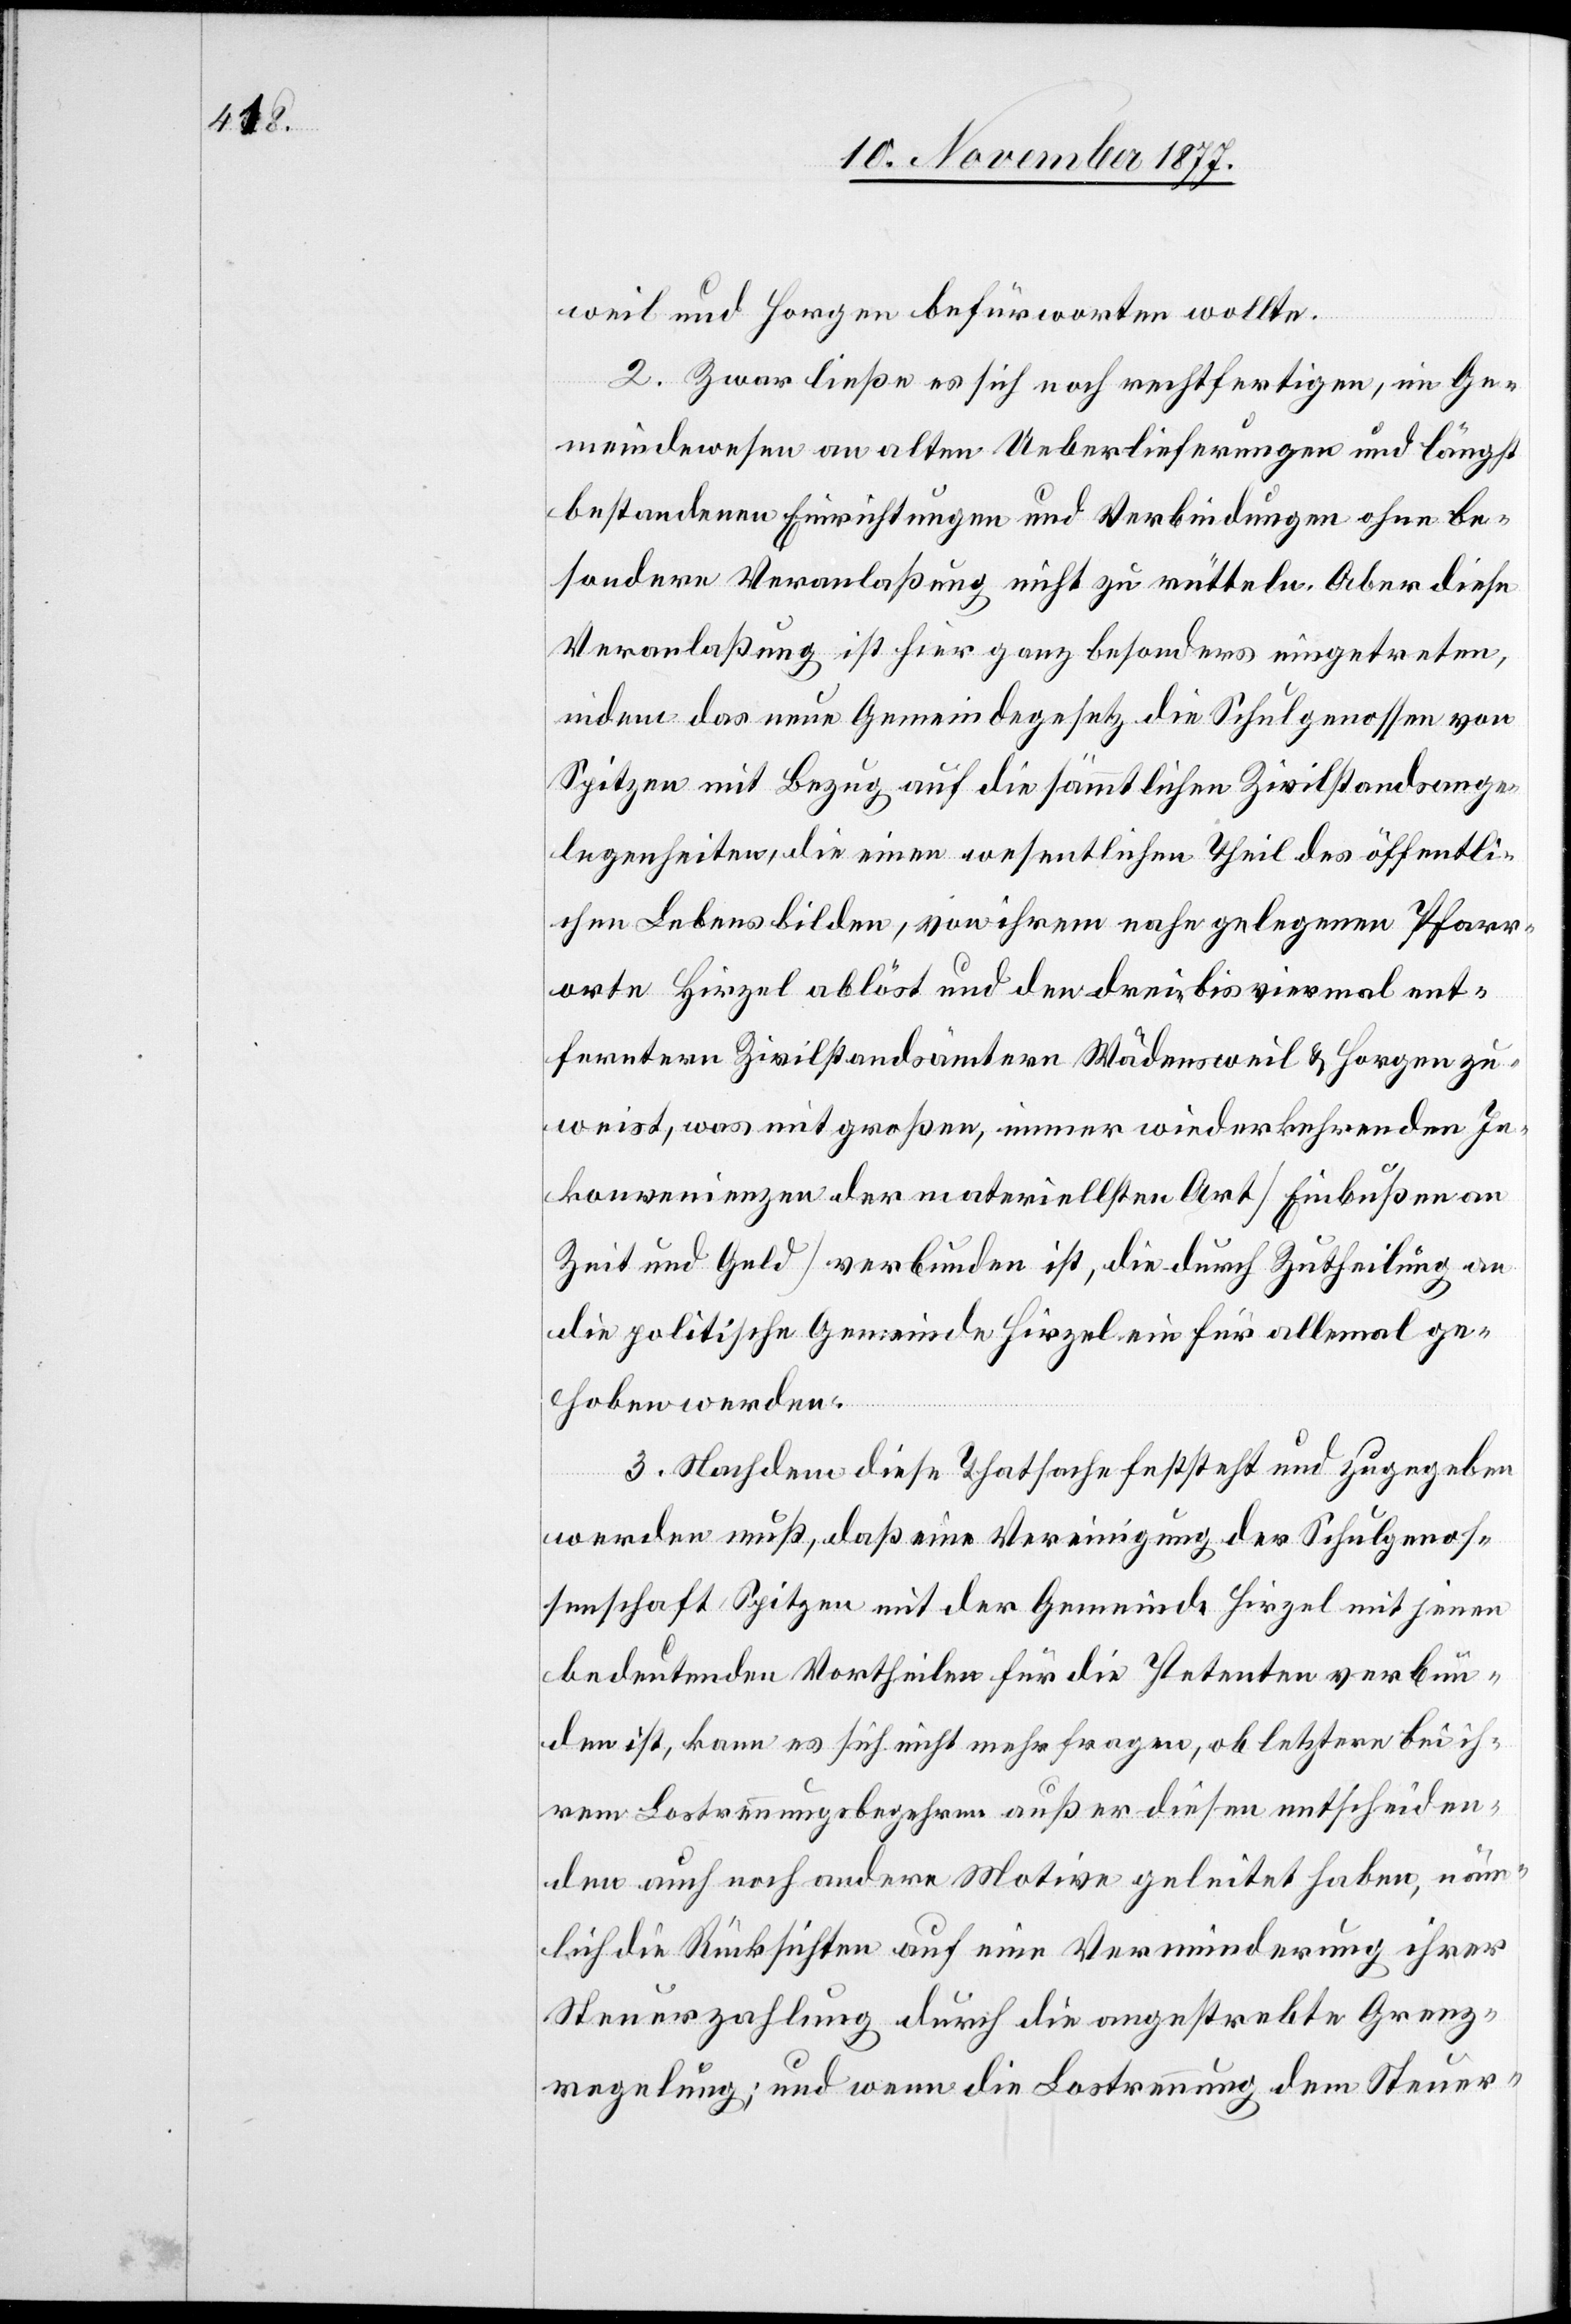
weil und Horgen befürworten wollte.
2. Zwar ließe es sich noch rechtfertigen, im Ge¬
meindewesen an alten Ueberlieferungen und längst
bestandenen Einrichtungen und Verbindungen ohne be¬
sondere Veranlaßung nicht zu rütteln. Aber diese
Veranlaßung ist hier ganz besonders eingetreten,
indem das neue Gemeindegesetz die Schulgenossen von
Spitzen mit Bezug auf die sämmtlichen Zivilstandsange¬
legenheiten, die einen wesentlichen Theil des öffentli¬
chen Lebens bilden, von ihrem nahe gelegenen Pfarr¬
orte Hirzel ablöst und den drei- bis viermal ent¬
ferntern Zivilstandsämtern Wädensweil & Horgen zu¬
weist, was mit großen, immer wiederkehrenden In¬
konvenienzen der materiellsten Art [Einbußen an
Zeit und Geld] verbunden ist, die durch Zutheilung an
die politische Gemeinde Hirzel ein für allemal ge¬
hoben werden.
3. Nachdem diese Thatsache feststeht und zugegeben
werden muß, daß eine Vereinigung der Schulgenos¬
senschaft Spitzen mit der Gemeinde Hirzel mit jenen
bedeutenden Vortheilen für die Petenten verbun¬
den ist, kann es sich nicht mehr fragen, ob letztere bei ih¬
rem Lostrennungsbegehren außer diesen entscheiden¬
den auch noch andere Motive geleitet haben, näm¬
lich die Rücksichten auf eine Verminderung ihrer
Steuerzahlung durch die angestrebte Grenz¬
regelung; und wenn die Lostrennung dem Steuer-